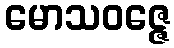
မောသဝဇ္ဇေ